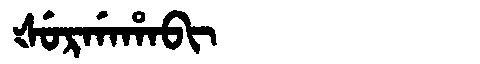
Manchu: ᡧᡠᡵᡤᠠᡥᠠᠪᡳ
Romanization: ŠURGAHABI